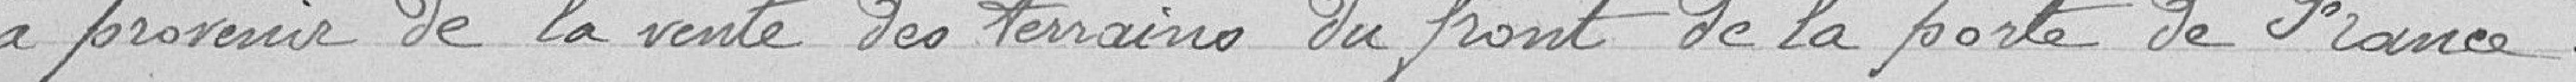
à provenir de la vente des terrains du front de la porte de France.